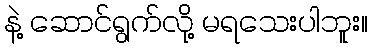
နဲ့ ဆောင်ရွက်လို့ မရသေးပါဘူး။